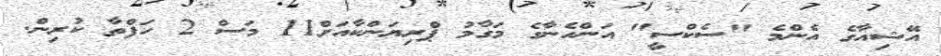
އޭޝިއާގެ އެންމެ "ސެކްސީ" އަންހެނާގެ މަގާމު ޕްރިޔަންކާއަށް11 މަސް 2 ހަފްތާ ކުރިން.